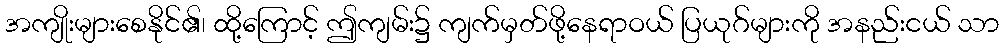
အကျိုးများစေနိုင်၏၊ ထို့ကြောင့် ဤကျမ်း၌ ကျက်မှတ်ဖို့နေရာဝယ် ပြယုဂ်များကို အနည်းငယ် သာ